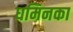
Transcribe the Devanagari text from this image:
धमिनका